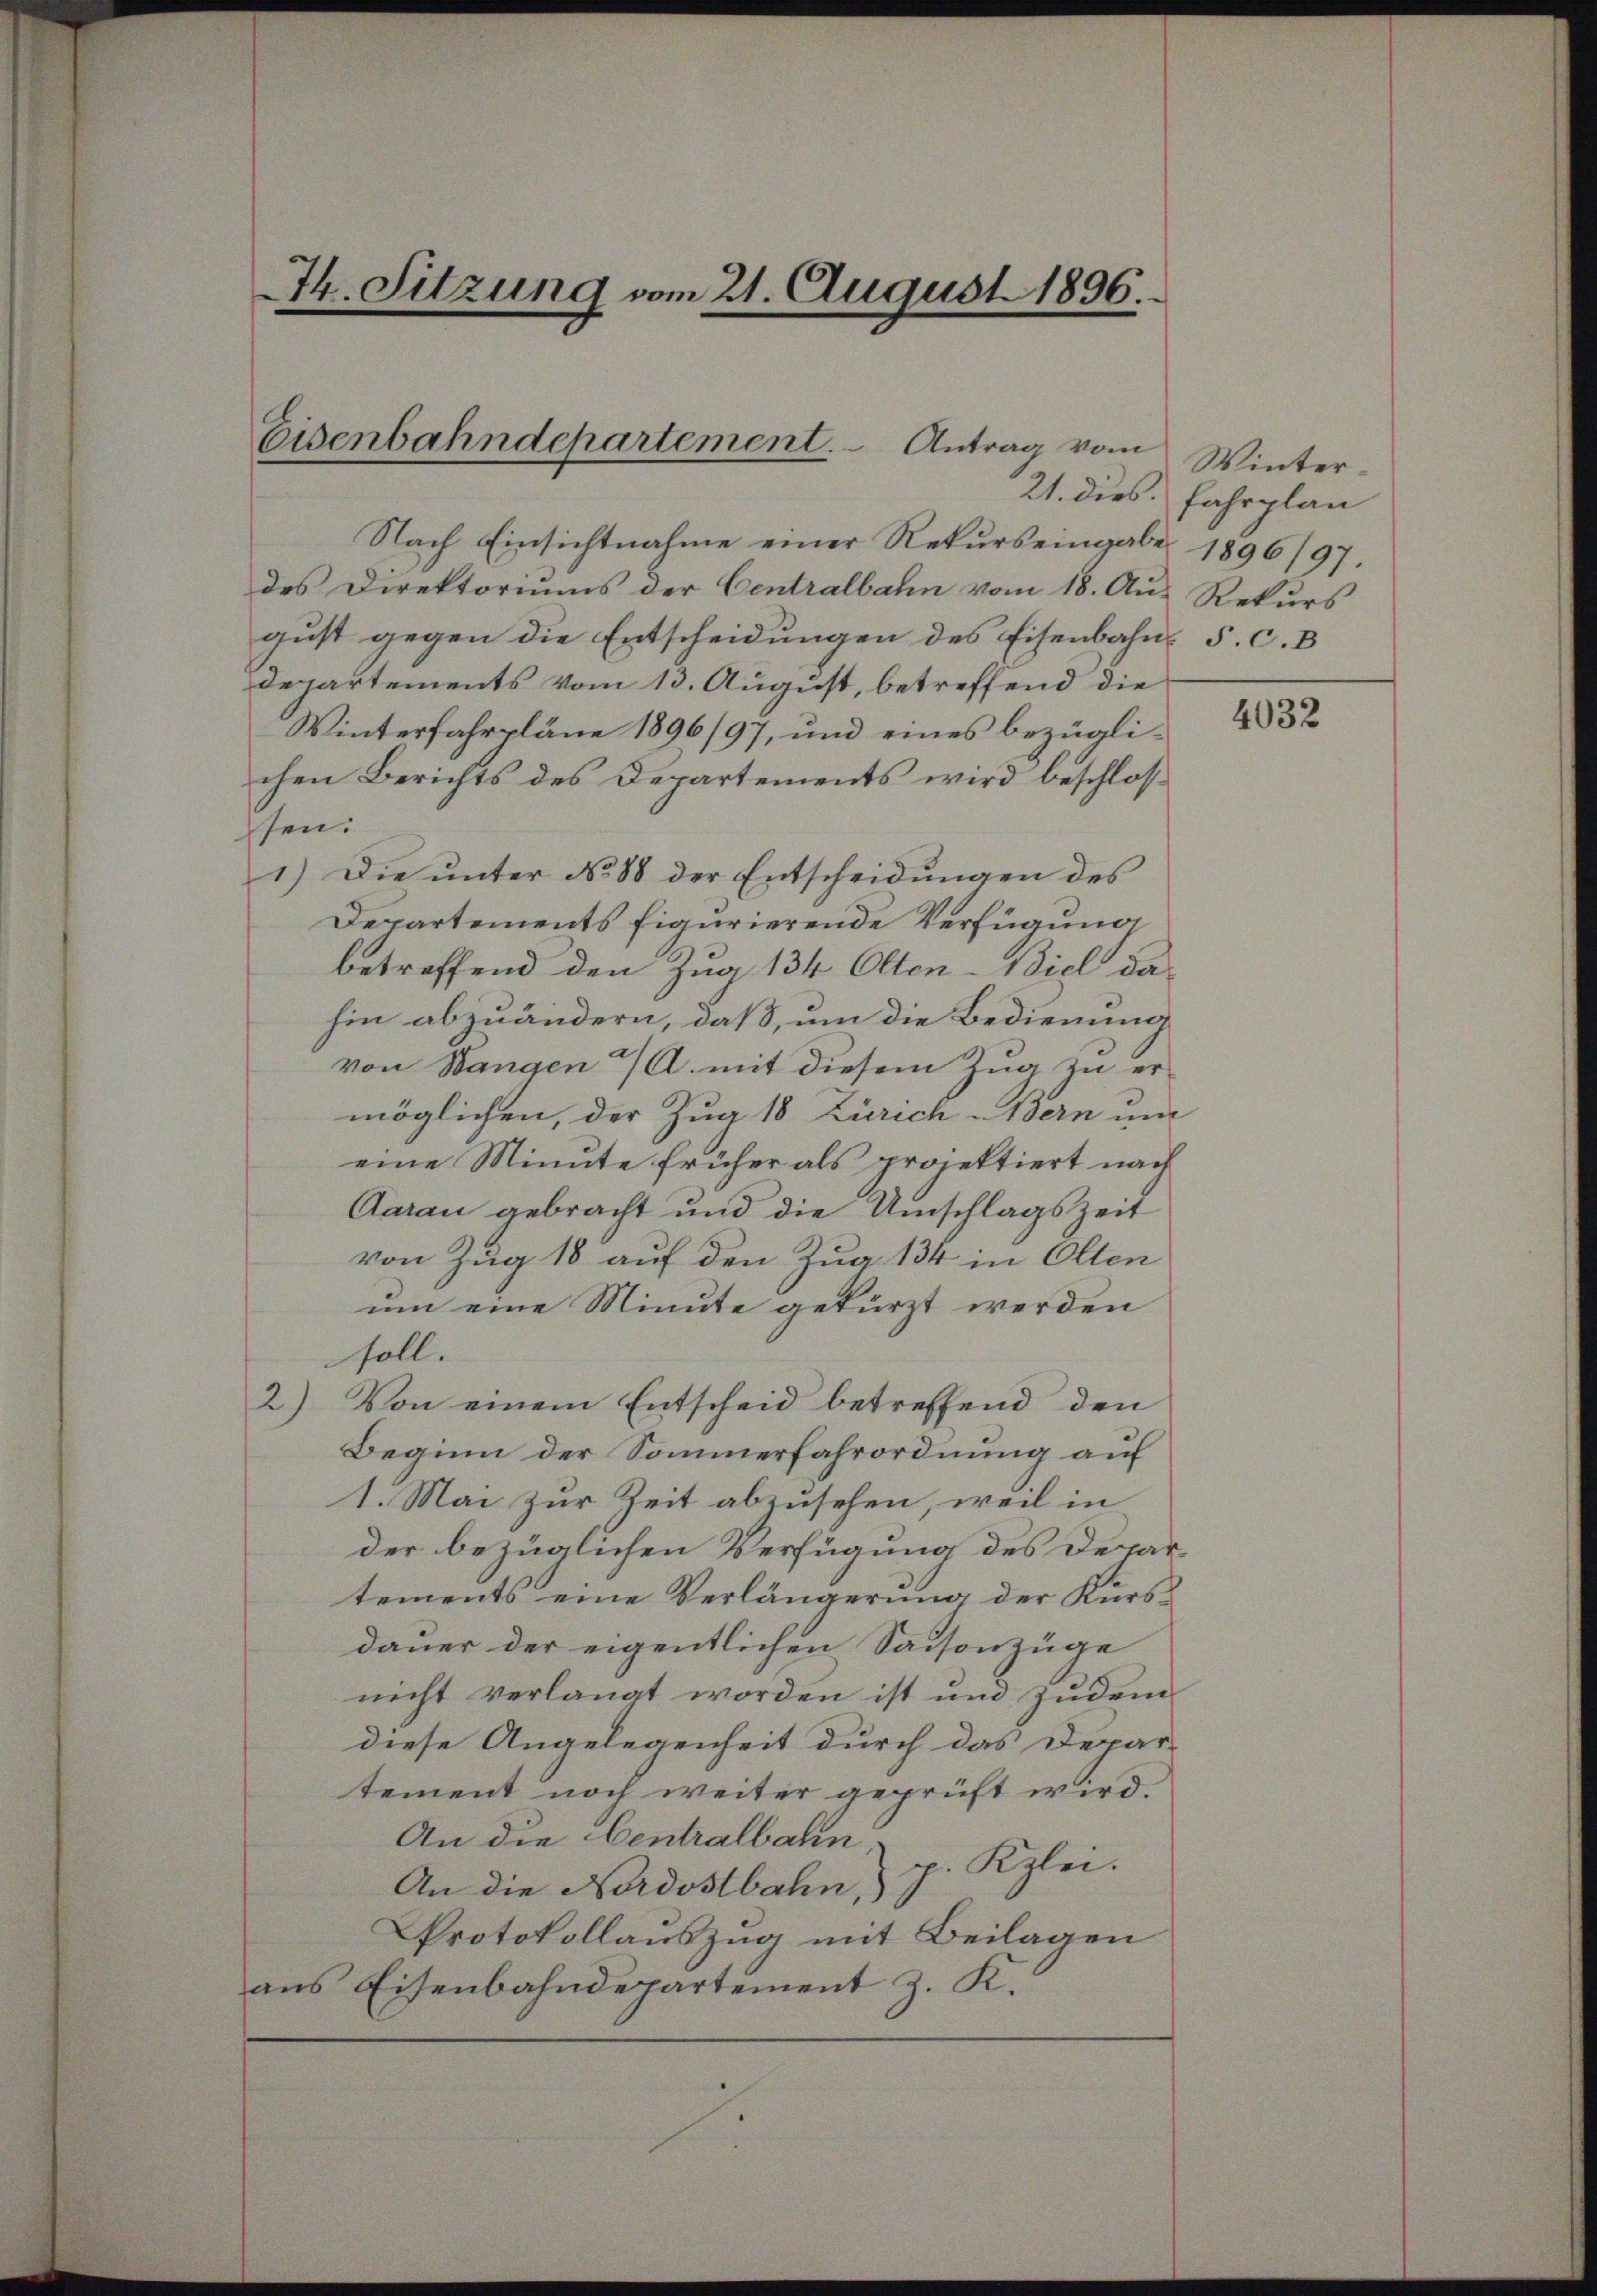
74. Sitzung vom 21. August 1896.

Eisenbahndepartement.
Antrag vom

Nach Einsichtnahme einer Rekurs eingabe 1896/97.
des Direktoriums der Centralbahn vom 18. Aus Rekurs
gust gegen die Entscheidungen des Eisenbahn- 5. c. B
Departements vom 13. August, betreffend die
Winterfahrpläne 1896/97, und eines bezüglichen Berichts des Departements wird beschloshen:
1.) Die ŭnter No 88 der Entscheidŭngen des
Departements figurierende Verfügung
betreffend den Zug 134 Olten-Biel da-
hin abzuändern, daß, um die Bedienung
von Bangen a/A. mit diesem Zŭg zŭ er-
möglichen, der Zug 18 Zürich Bern um
eine Minute früher als projektiert nach
Aarau gebracht und die Umschlagszeit
von Zug 18 auf den Zug 134 in Olten
um eine Minute gekürzt werden
soll.
2)
Von einem Entscheid betreffend den
Beginn der Sommerfahrordnung auf
1. Mai zur Zeit abzusehen, weil in
der bezüglichen Verfügung des Departements eine Verlängerung der Kurs-
dauer der eigentlichen Saisonzüge
nicht verlangt worden ist und zudem
diese Angelegenheit durch das Depar-
tement noch weiter geprüft wird.
An die Centralbahn,
g. Klei
An die Nordostbahn,
Protokollauszug mit Beilagen
ans Eisenbahndepartement z. K.

Winter¬
21. dies Fahrplan

4032